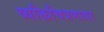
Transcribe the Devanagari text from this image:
व्यक्तिचित्रणावर